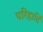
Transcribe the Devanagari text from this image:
परिहार्दि